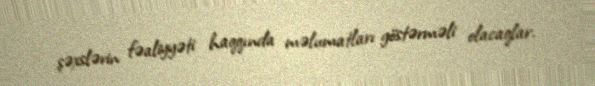
şəxslərin fəaliyyəti haqqında məlumatları göstərməli olacaqlar.